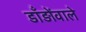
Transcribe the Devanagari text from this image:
डाँड़ोंवाले